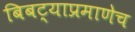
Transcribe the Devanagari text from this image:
बिबट्याप्रमाणेच